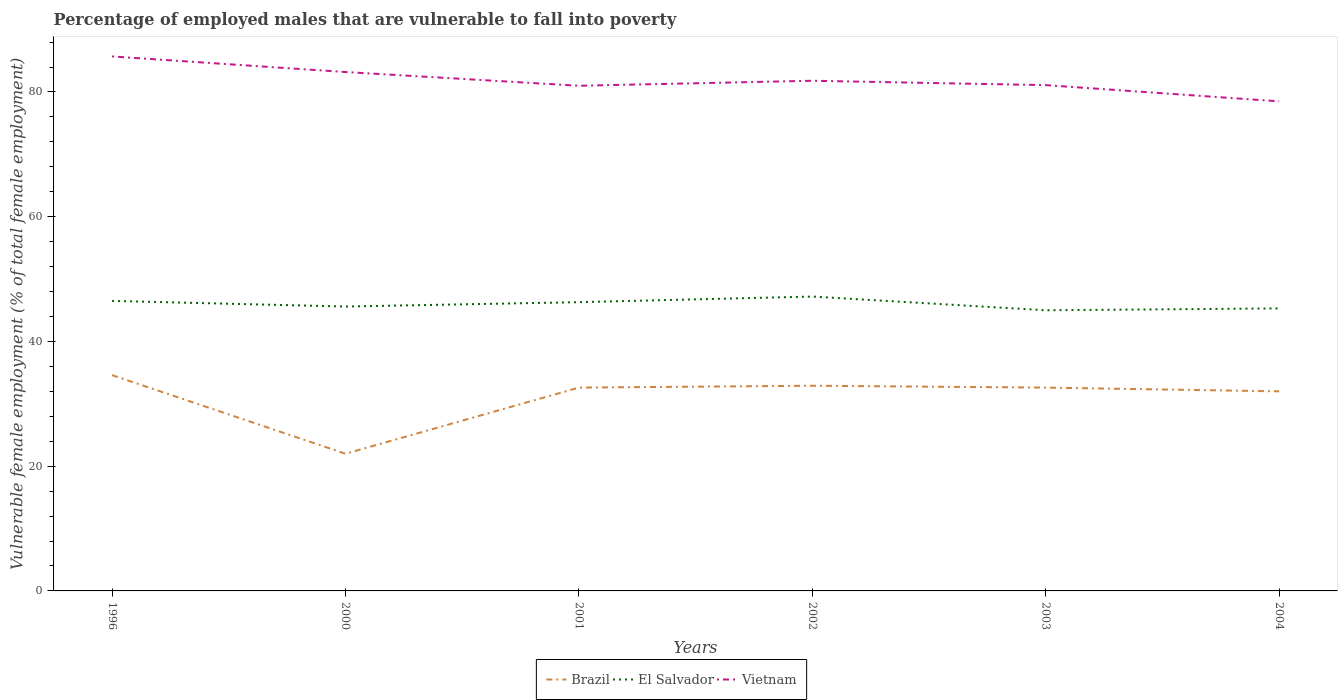
| Years | Brazil | El Salvador | Vietnam |
 | --- | --- | --- | --- |
 | 1996 | 34.6 | 46.5 | 85.7 |
 | 2000 | 22 | 45.6 | 83.2 |
 | 2001 | 32.6 | 46.3 | 81 |
 | 2002 | 32.9 | 47.2 | 81.8 |
 | 2003 | 32.6 | 45 | 81.1 |
 | 2004 | 32 | 45.3 | 78.5 |